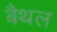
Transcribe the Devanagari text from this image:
बैथल